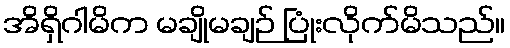
အိရှိဂါမိက မချိုမချဉ် ပြုံးလိုက်မိသည်။